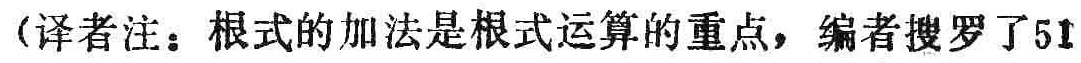
（译者注：根式的加法是根式运算的重点，编者搜罗了51